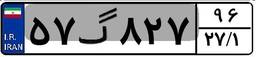
۵۷گ۸۲۷۹۶